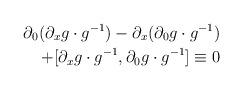
LaTeX: \begin{align*}\partial_{0}(\partial_{x}g \cdot g^{-1})-\partial_{x}(\partial_{0}g\cdot g^{-1}) \\+ [\partial_{x}g \cdot g^{-1},\partial_{0}g \cdot g^{-1}] \equiv 0\end{align*}